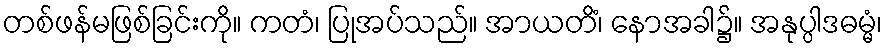
တစ်ဖန်မဖြစ်ခြင်းကို။ ကတံ၊ ပြုအပ်သည်။ အာယတိံ၊ နောအခါ၌။ အနုပ္ပါဒဓမ္မံ၊